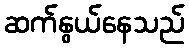
ဆက်နွယ်နေသည်